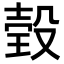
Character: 㲄